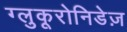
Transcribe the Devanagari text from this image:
ग्लुकूरोनिडेज़